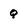
Character: q